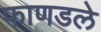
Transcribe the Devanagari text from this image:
फाणडले